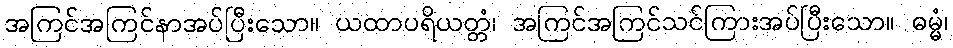
အကြင်အကြင်နာအပ်ပြီးသော။ ယထာပရိယတ္တံ၊ အကြင်အကြင်သင်ကြားအပ်ပြီးသော။ ဓမ္မံ၊